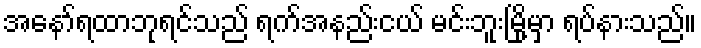
အနော်ရထာဘုရင်သည် ရက်အနည်းငယ် မင်းဘူးမြို့မှာ ရပ်နားသည်။